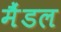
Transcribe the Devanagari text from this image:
मैंडल